Indian journal of veterinary science and animal husbandry - Volume 1,
Year: 1931
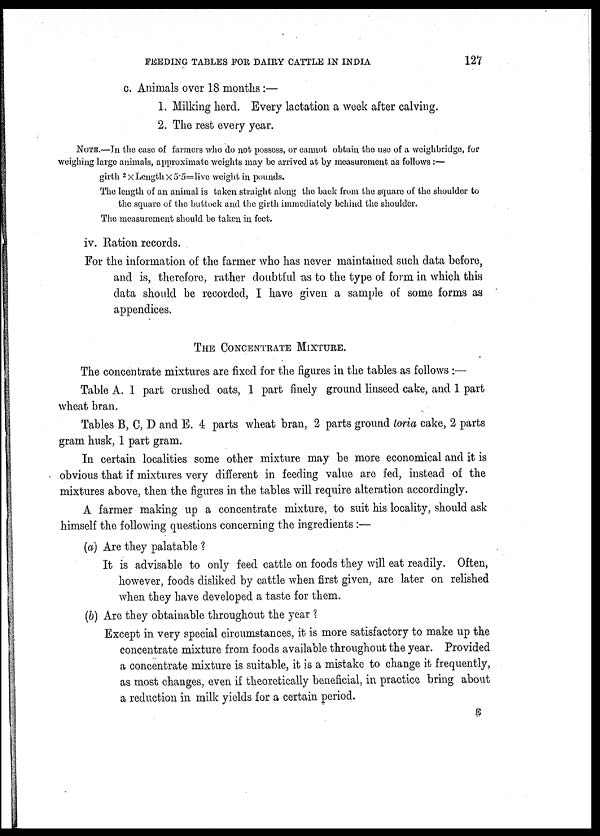
FEEDING TABLES FOR DAIRY CATTLE IN INDIA
127
c. Animals over 18 months:—
1. Milking herd. Every lactation a week after calving.
2. The rest every year.
NOTE.—In the case of farmers who do not possess, or cannot obtain the use of a weighbridge, for
weighing large animals, approximate weights may be arrived at by measurement as follows :—
girth 2 × Length × 5.5=live weight in pounds.
The length of an animal is taken straight along the back from the square of the shoulder to
the square of the buttock and the girth immediately behind the shoulder.
The measurement should be taken in feet.
iv. Ration records.
For the information of the farmer who has never maintained such data before,
and is, therefore, rather doubtful as to the type of form in which this
data should be recorded, I have given a sample of some forms as
appendices.
THE CONCENTRATE MIXTURE.
The concentrate mixtures are fixed for the figures in the tables as follows :—
Table A. 1 part crushed oats, 1 part finely ground linseed cake, and 1 part
wheat bran.
Tables B, C, D and E. 4 parts wheat bran, 2 parts ground toria cake, 2 parts
gram husk, 1 part gram.
In certain localities some other mixture may be more economical and it is
obvious that if mixtures very different in feeding value are fed, instead of the
mixtures above, then the figures in the tables will require alteration accordingly.
A farmer making up a concentrate mixture, to suit his locality, should ask
himself the following questions concerning the ingredients :—
(a) Are they palatable ?
It is advisable to only feed cattle on foods they will eat readily. Often,
however, foods disliked by cattle when first given, are later on relished
when they have developed a taste for them.
(b) Are they obtainable throughout the year ?
Except in very special circumstances, it is more satisfactory to make up the
concentrate mixture from foods available throughout the year. Provided
a concentrate mixture is suitable, it is a mistake to change it frequently,
as most changes, even if theoretically beneficial, in practice bring about
a reduction in milk yields for a certain period.
E